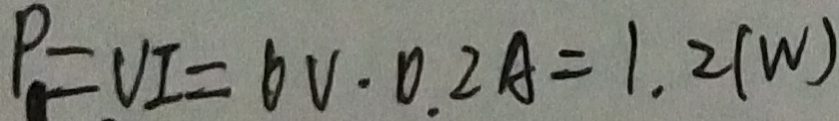
P = V I = 6 V \cdot 0 . 2 A = 1 . 2 ( w )